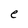
Character: e